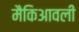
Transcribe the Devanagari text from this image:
मैकिआवली